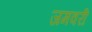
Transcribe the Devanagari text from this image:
जमवरी